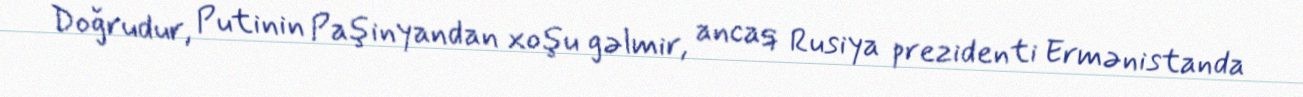
Doğrudur, Putinin Paşinyandan xoşu gəlmir, ancaq Rusiya prezidenti Ermənistanda